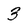
Character: 3